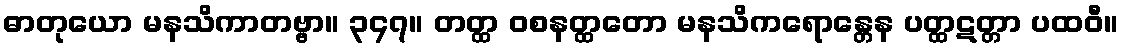
ဓာတုယော မနသိကာတဗ္ဗာ။ ၃၄၇။ တတ္ထ ဝစနတ္ထတော မနသိကရောန္တေန ပတ္ထဋတ္တာ ပထဝီ။